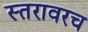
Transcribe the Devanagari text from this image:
स्तरावरच